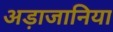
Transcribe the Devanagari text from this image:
अड़ाजानिया